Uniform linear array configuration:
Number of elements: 8
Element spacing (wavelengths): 1
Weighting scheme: kaiser
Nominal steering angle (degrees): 15
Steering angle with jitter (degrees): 16.32
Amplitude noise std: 0.05
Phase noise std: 0.05

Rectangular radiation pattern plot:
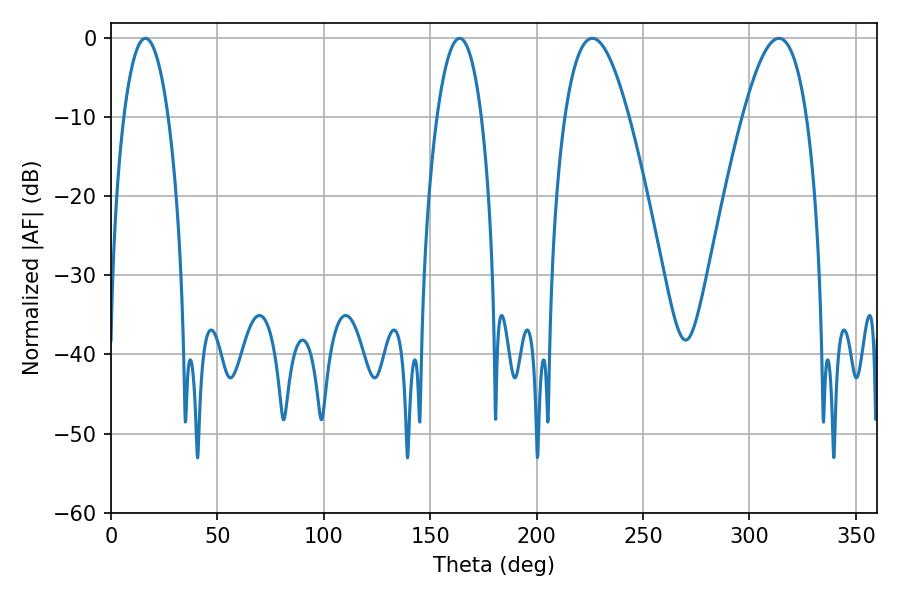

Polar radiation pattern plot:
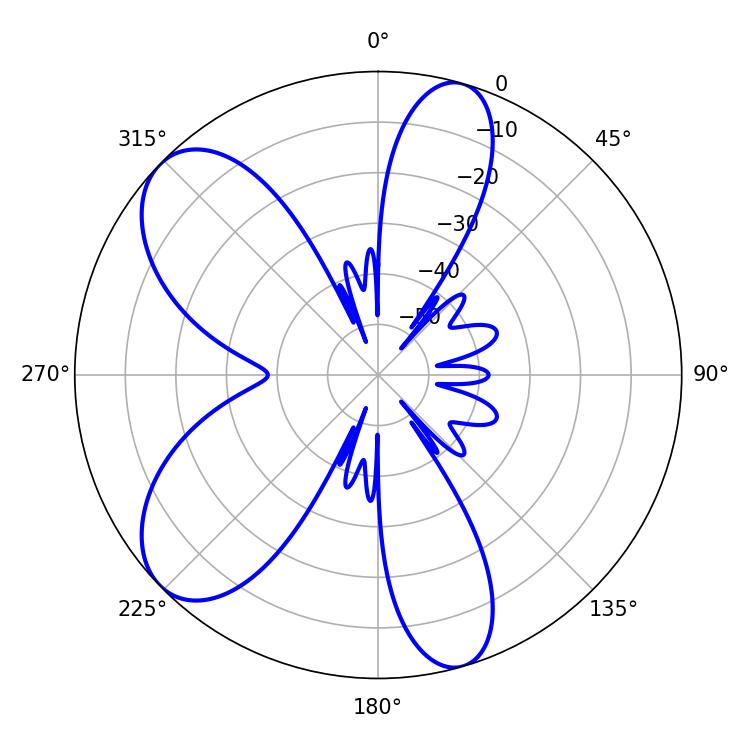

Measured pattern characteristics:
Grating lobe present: TRUE
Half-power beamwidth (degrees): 11.7
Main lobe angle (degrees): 163.8